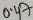
Text: 0.47